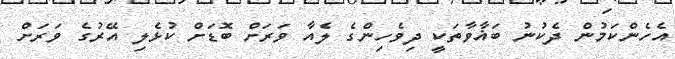
އެހެންކަމުން ދެކުނު ބަޣާވާތަކީ ދިވެހިންގެ ލެއާ ވަރަށް ބޮޑަށް ކުޅެލި އޭރުގެ ވަރަށް